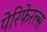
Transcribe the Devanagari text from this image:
पेरिफेरल्स